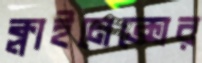
ক্লাইমেক্সের